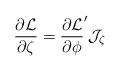
LaTeX: \begin{align*}{\partial {\cal L} \over \partial \zeta}={\partial {\cal L} \over \partial \phi}^{\prime} {\cal J}_{\zeta}\end{align*}